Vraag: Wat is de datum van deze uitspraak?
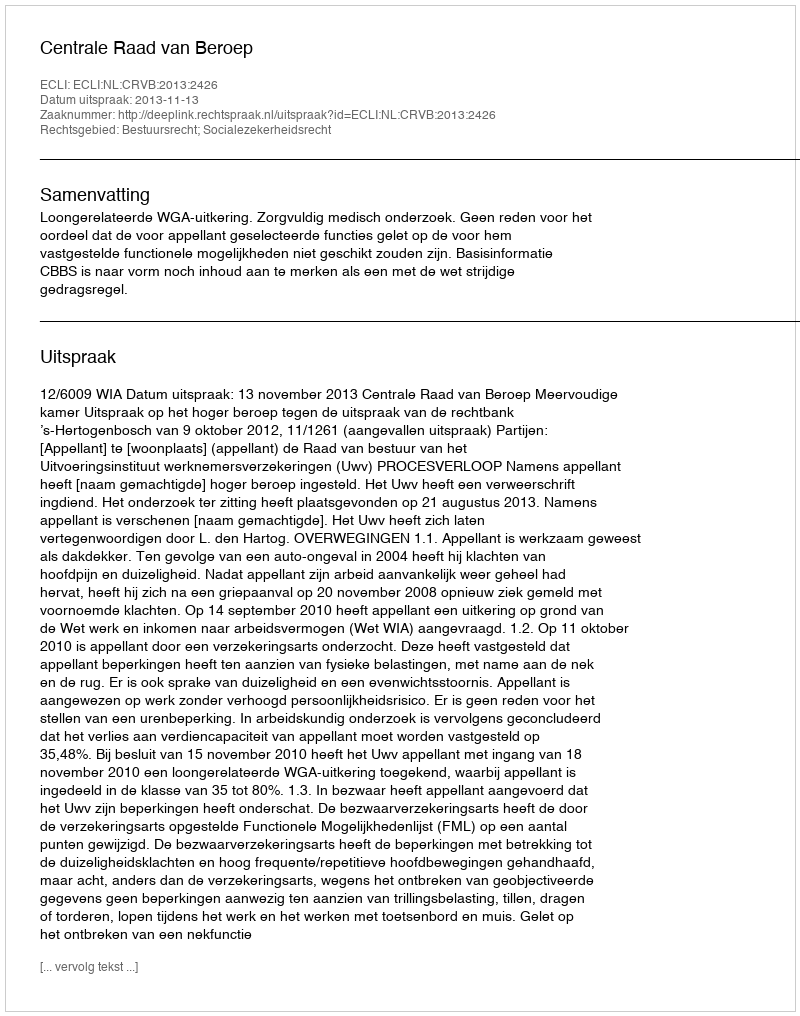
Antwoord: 2013-11-13